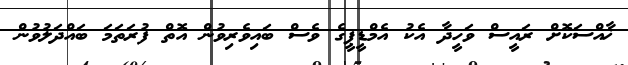
ޚާއްސަކޮށް ރައީސް ވަހީދާ އެކު އެމްޑީޕީގެ ވެސް ބައިވެރިވުން އޮތް ފުރަތަމަ ބައްދަލުވުން